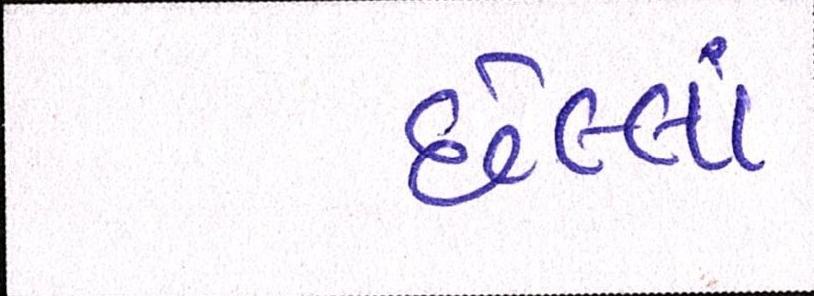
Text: છેલ્લાં